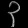
Digit: ၃